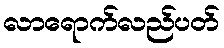
လာရောက်လည်ပတ်